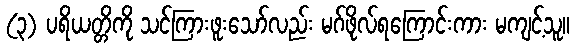
(၃) ပရိယတ္တိကို သင်ကြားဖူးသော်လည်း မဂ်ဖိုလ်ရကြောင်းကား မကျင့်သူ။